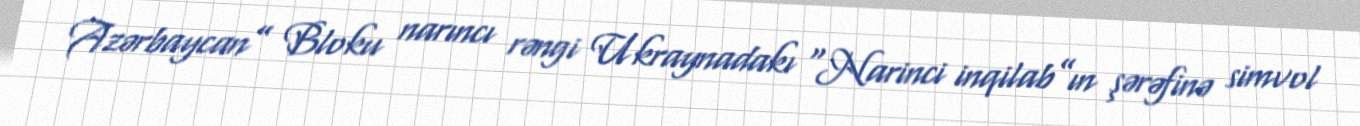
Azərbaycan” Bloku narıncı rəngi Ukraynadakı “Narinci inqilab”ın şərəfinə simvol